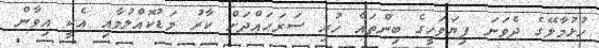
ހުޅުމާލޭގެ ދެވަނަ ފިޔަވަހީގެ ބިންތައް ހުރި ސަރަހައްދަށް ކާރު މަޑުކޮއްލުމާއި އެކީ އިވާން